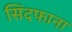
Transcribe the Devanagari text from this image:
सिंदफाना